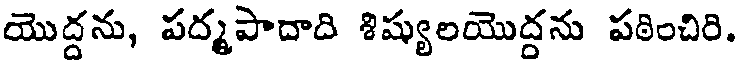
యొద్దను, పద్మపాదాది శిష్యులయొద్దను పఠించిరి.